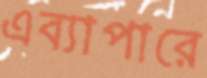
এব্যাপারে